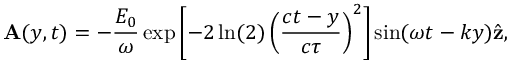
\mathbf { A } ( y , t ) = - \frac { E _ { 0 } } { \omega } \exp \left[ - 2 \ln ( 2 ) \left( \frac { c t - y } { c \tau } \right) ^ { 2 } \right] \sin ( \omega t - k y ) \hat { \mathbf { z } } ,